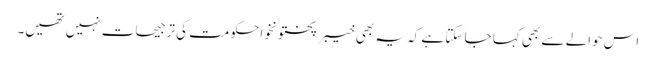
اس حوالے سے بھی کہا جا سکتا ہے کہ یہ بھی خیبر پختونخوا حکومت کی ترجیحات نہیں تھیں۔